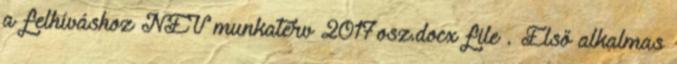
a felhíváshoz NEV munkaterv 2017osz.docx file . Első alkalmas